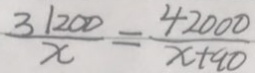
\frac { 3 1 2 0 0 } { x } = \frac { 4 2 0 0 0 } { x + 9 0 }